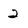
Character: 2